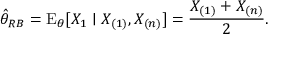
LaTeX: { \hat { \theta } } _ { R B } = \operatorname { E } _ { \theta } [ X _ { 1 } \mid X _ { ( 1 ) } , X _ { ( n ) } ] = { \frac { X _ { ( 1 ) } + X _ { ( n ) } } { 2 } } .